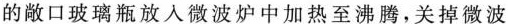
的敞口玻璃瓶放入微波炉中加热至沸腾，关掉微波